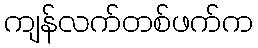
ကျန်လက်တစ်ဖက်က